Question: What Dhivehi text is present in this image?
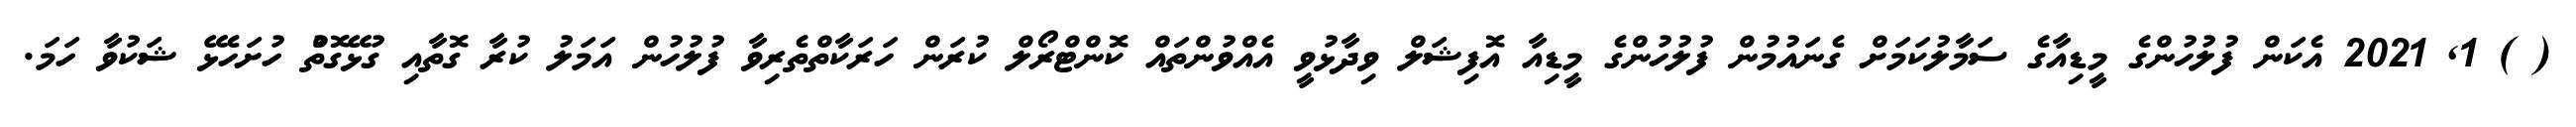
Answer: ( ) 1, 2021 އެކަން ފުލުހުންގެ މީޑިއާގެ ސަމާލުކަމަށް ގެނައުމުން ފުލުހުންގެ މީޑިއާ އޮފިޝަލް ވިދާޅުވީ އެއްވުންތައް ކޮންޓްރޯލް ކުރަން ހަރަކާތްތެރިވާ ފުލުހުން އަމަލު ކުރާ ގޮތާއި ގުޅޭގޮތުް ހުށަހެޅޭ ޝަކުވާ ހަމަ.